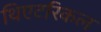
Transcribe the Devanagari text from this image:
थिएटरिकल